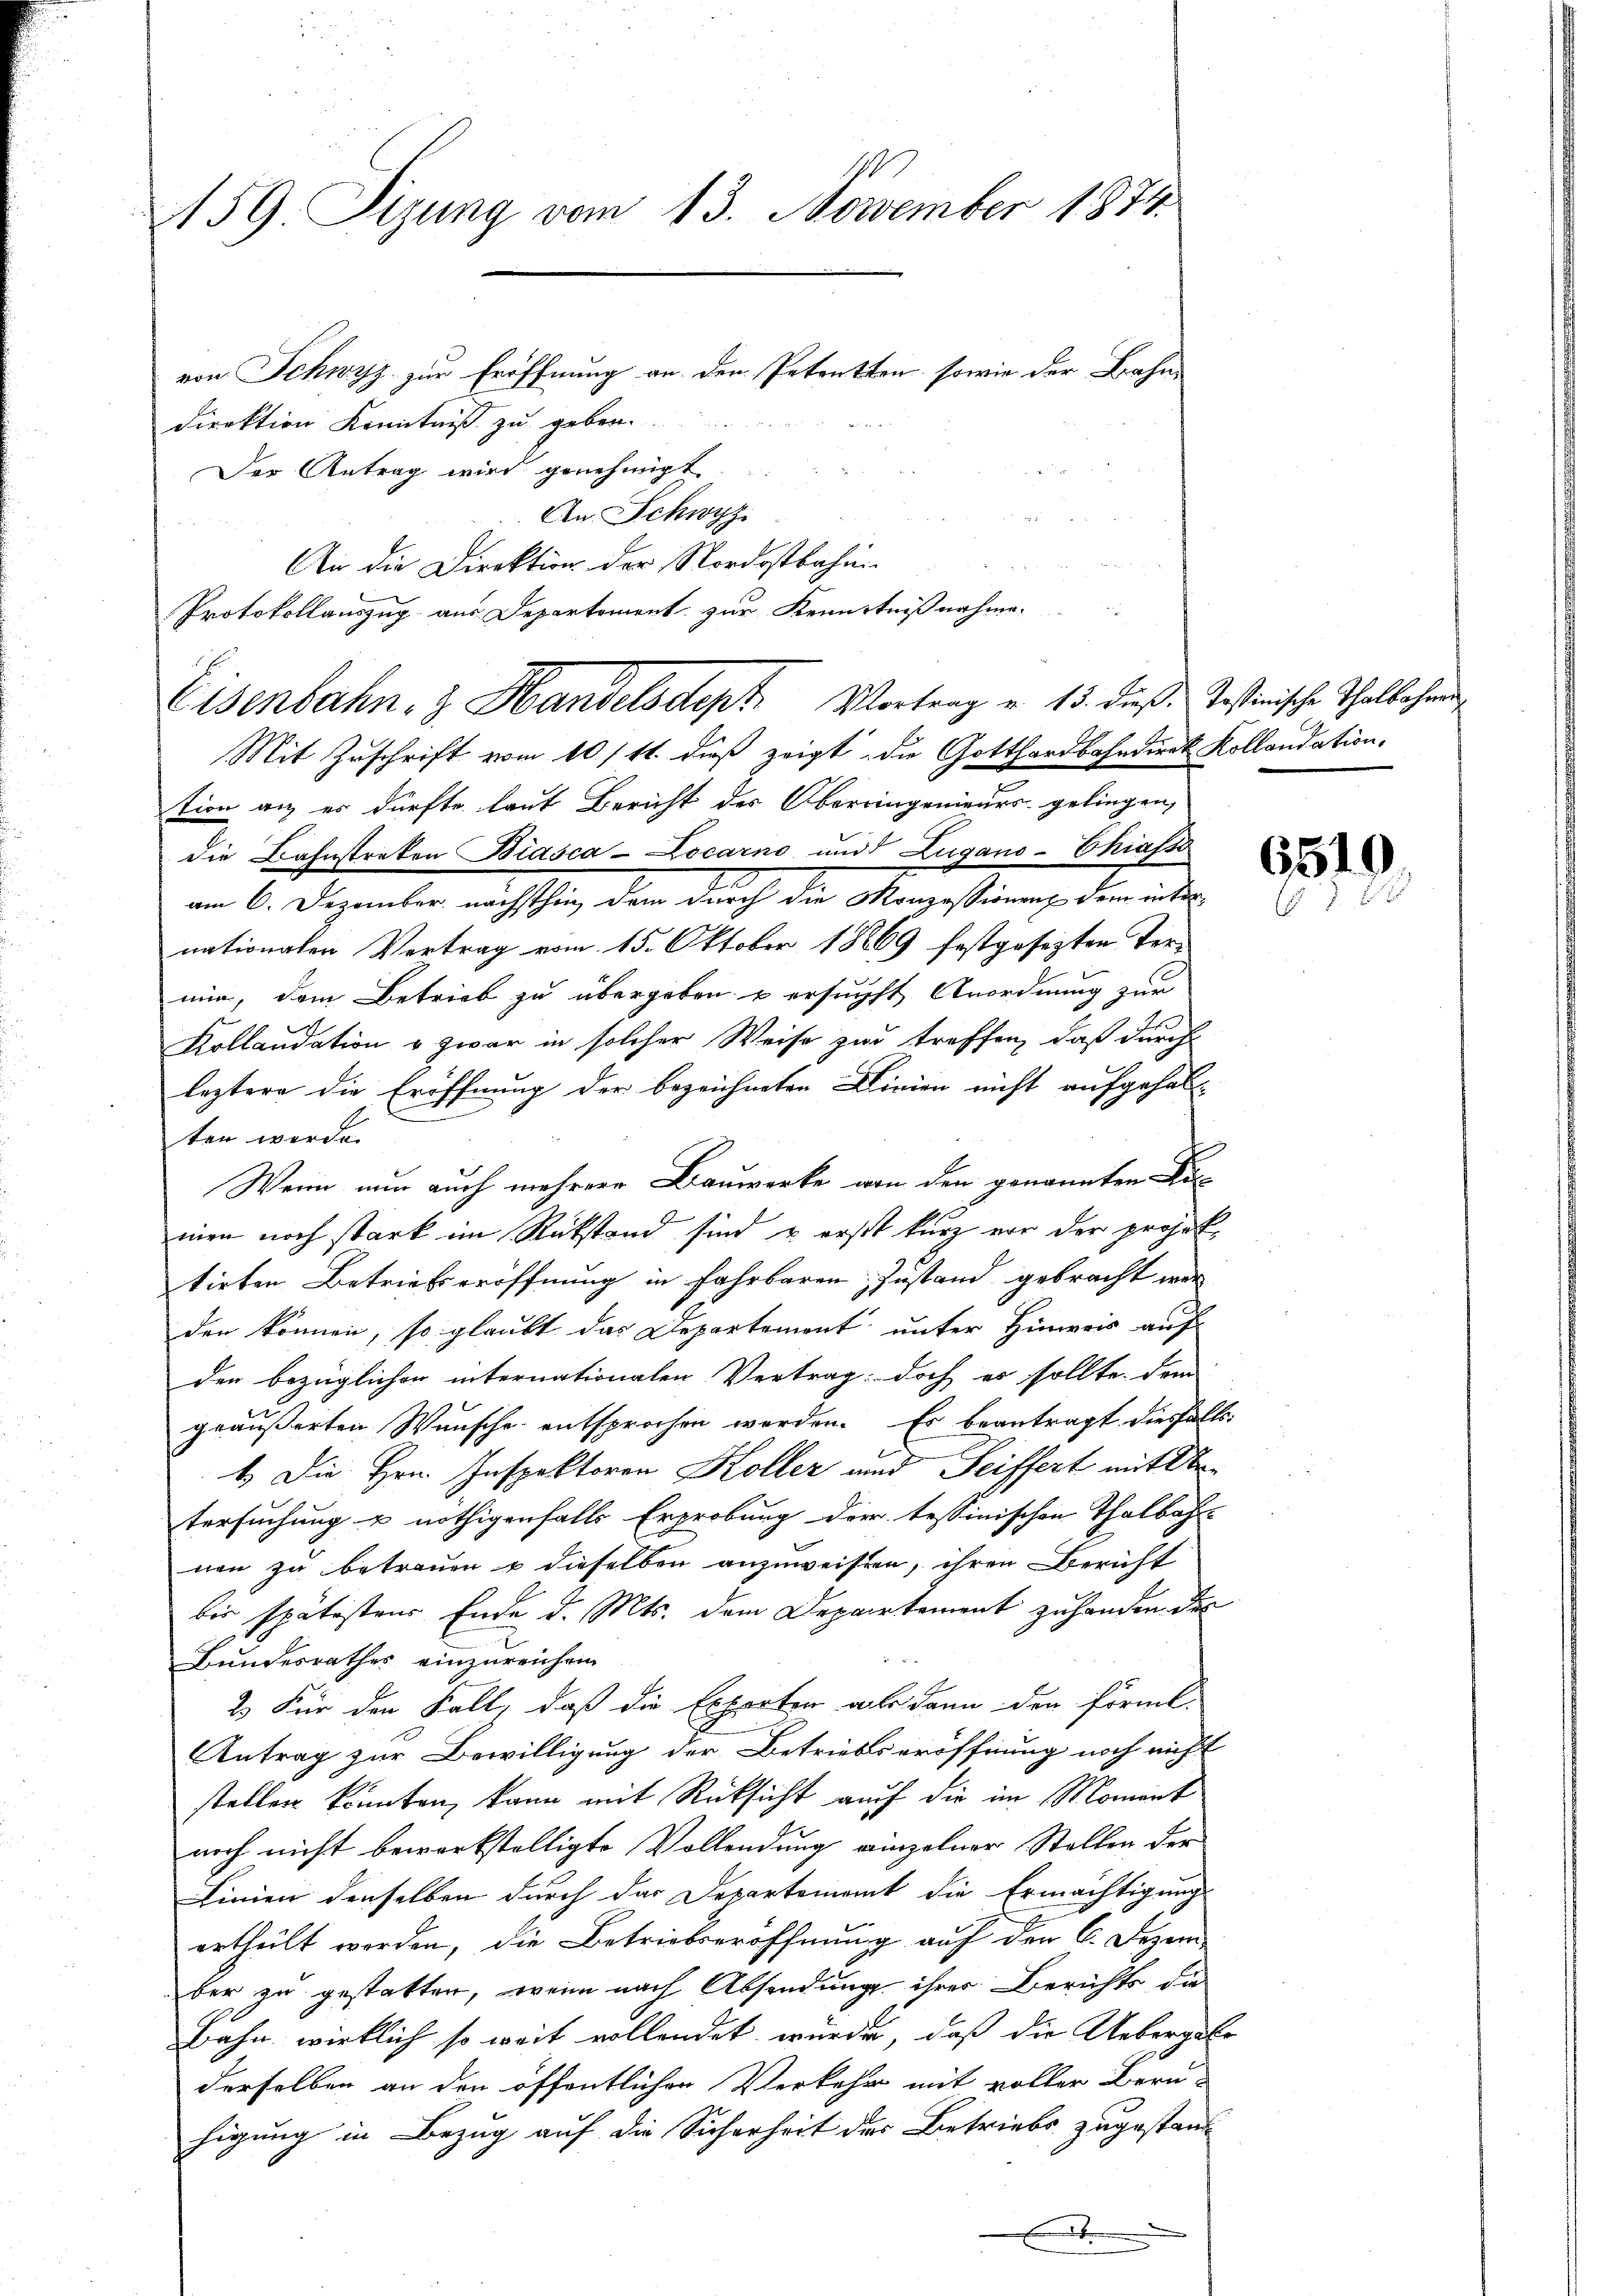
159. Sizung vom 13. November 1874.

von Schwyz zur Eröffnung an den Petenten, sowie der Bahndirektion Kenntniß zu geben.
Der Antrag wird genehmigt.
An Schwyz.
An die Direktion der Nordostbahn
Protokollauszug aus Departement zur Kenntnißnahme.

Eisenbahn- & Handelsdept Vortrag u. 13. dieß. Testianische Thalbahnun

Mit Zuschrift vom 10/11. dieß zeigt, die Gotthardbahndirek Kollandation.
tion an es dürfte laut Bericht des Obereingenieurs gelingen,
die Bahnstreken Biasca-Locarno und Zugano-Chiasso
am 6. Dezember nächsthin, dem durch die Monzessionung dem inder
nationalen Vertrag vom 15. Oktober 18869 festgesezten Termin, dem Betrieb zu übergeben u ersuchst Anordnung zur
Kollaudation u zwar in solcher Weise zur treffen, daß durch
leztere die Eröffnung der bezeichneten Dirien nicht aufgehalten werde.
Wenn nun auch mehrere Bauwerke von den genannten Di
mien noch stark im Rückstand sind u erst kurz vor der projektirten Betriebseröffnung in fahrbaren Zustand gebracht war
den können, so glaubt das Departement unter Hinweis auf
den bezüglichen internationalen Vertrag doch er sollte, dem
geäußerten Wunsche entsprochen werden. Es beantragt diesfalls
1.) Die Hrn. Inspektoren Koller und Seiffert mit d
tersuchung u nöthigenfalls Erprobung der tessinischen Thalbahn-
nen zu betrauen & dieselben anzuweisen, ihren Bericht
bis spätestens Ende d. Mts. dem Departement zu handen des
Bundesrathes einzureichen.
2. Für den Fall, daß die Experten als dann den förmt.
Antrag zur Bewilligung der Betriebseröffnung noch nicht
stellen könnten, kann mit Rücksicht auch die im Moment
noch nicht bewerkstelligte Vollendung einzelner Stellen der
Linien denselben durch das Departemont die Ermächtigung
ertheilt worden, die Betriebseröffnung auf den 6. Dezember zu gestatten, wenn nach Absendung ihrer Berichts die
Bahn wirklich so weit vollendet wurde, daß die Uebergabe
derselben an den öffentlichen Verkehr mit voller Beru
higung in Bezug auf die Sicherheit des Betriebs zugestan¬
.

6510
2